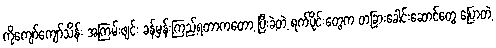
ကိုကျော်ကျော်သိန်း အကြမ်းဖျင်း ခန့်မှန်းကြည့်ရတာကတော့ ပြီးခဲ့တဲ့ ရက်ပိုင်းတွေက တခြားခေါင်းဆောင်တွေ ပြောတဲ့